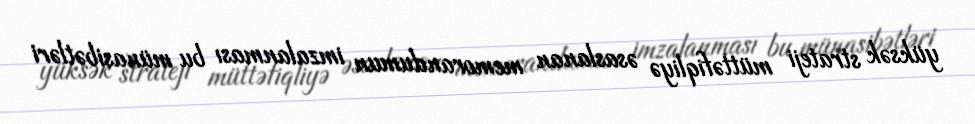
yüksək strateji müttəfiqliyə əsaslanan memorandumun imzalanması bu münasibətləri